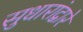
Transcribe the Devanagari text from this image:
सुधारांद्वारे